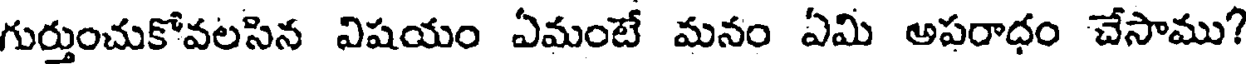
గుర్తుంచుకోవలసిన విషయం ఏమంటే మనం ఏమి అపరాధం చేసాము?